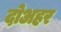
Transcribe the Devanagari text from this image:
दोअहर